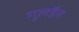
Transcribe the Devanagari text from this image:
गुलडैन